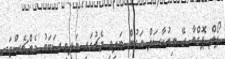
ޕޯލް ޕޮގްބާ ރޭ ނިއުކާސަލް އަތުން ބަލިވި މެޗުގައި ބަލިވި ސަބަބު މެންޗެސްޓަރ